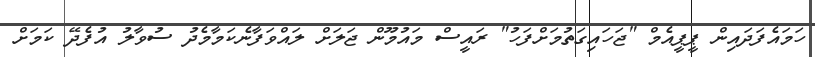
ހަމައެފަދައިން ޕީޕީއެމް "ޖަހައިގަތުމަށްފަހު" ރައީސް މައުމޫން ޖަލަށް ލައްވަފާނެކަމާމެދު ސުވާލު އުފެދޭ ކަމަށް